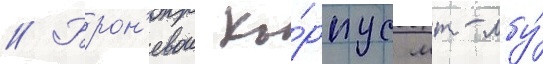
// Брон'евои ко́рпус мт-лбу́